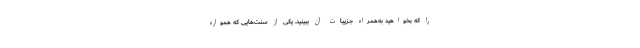
را که بخواهید به‌همراه جزییات آن ببینید. یکی از سنت‌هایی که همواره